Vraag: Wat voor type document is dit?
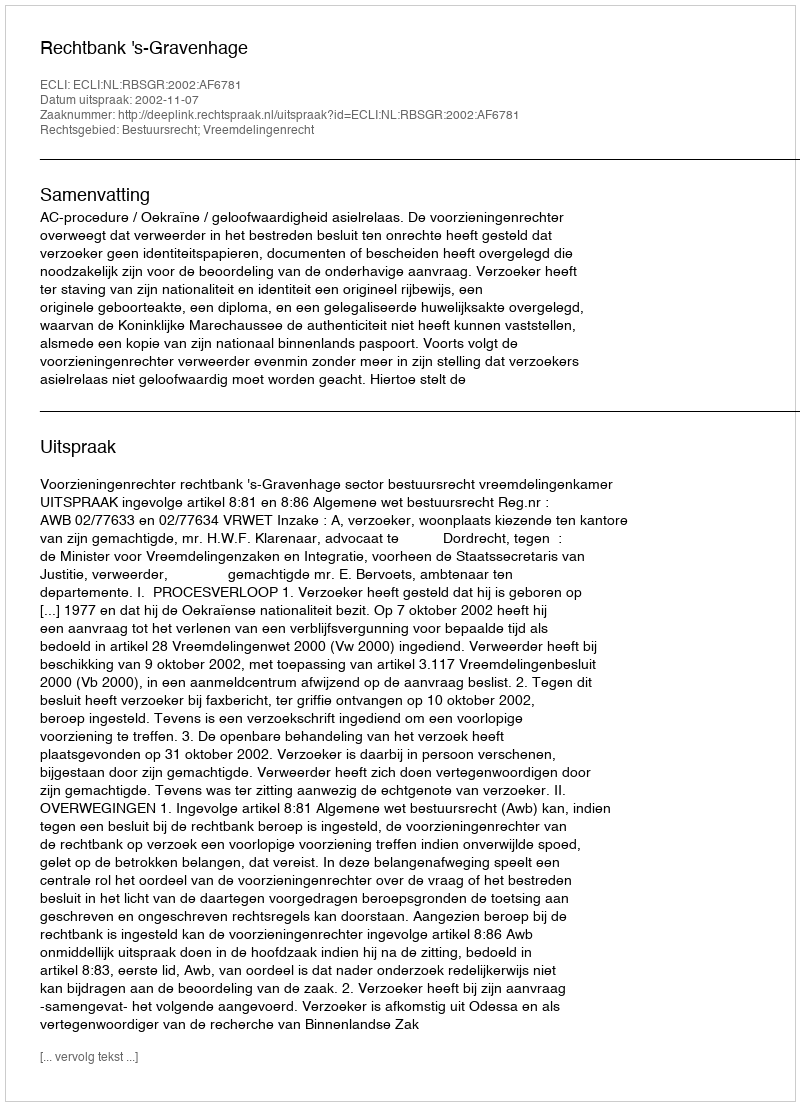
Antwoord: Uitspraak